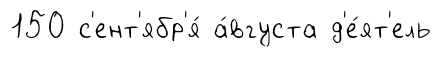
150 с'ент'ябр'я́ а́вгуста д'е́ят'ель